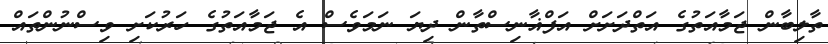
ތާލިބާން ޖަމާއަތުގެ އަތްދަށަށް އަފްޣާނިސްތާން ދިޔަ ނަމަވެސް އެ ޖަމާއަތުގެ ހަރުކަށި ވިސްނުންތައް